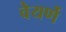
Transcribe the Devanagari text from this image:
वेयर्णे